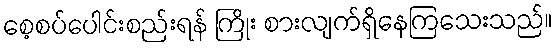
စေ့စပ်ပေါင်းစည်းရန် ကြိုး စားလျက်ရှိနေကြသေးသည်။